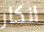
انكار